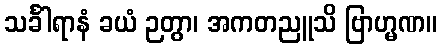
သင်္ခါရာနံ ခယံ ဉတွာ၊ အကတညူသိ ဗြာဟ္မဏ။